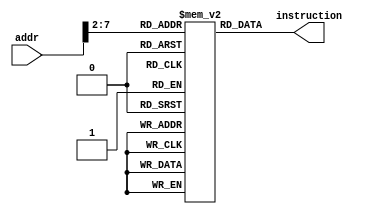
`timescale 1ns / 1ps
//////////////////////////////////////////////////////////////////////////////////
// Company: 
// Engineer: 
// 
// Design Name: 
// Module Name: InstMem
// Project Name: 
// Target Devices: 
// Tool Versions: 
// Description: 
// 
// Dependencies: 
// 
// Revision:
// Revision 0.01 - File Created
// Additional Comments:
// 
//////////////////////////////////////////////////////////////////////////////////
module InstMem( addr, instruction );

    // Define input, output, registers, and wires signal
    input  [ 7:0] addr;
    output wire [31:0] instruction;
    
    reg [31:0] memory [63:0];
    
    initial begin
    memory[0] = 32'h00007033;   // and r0, r0, r0 32'h00000000
    memory[1] = 32'h00100093;   // addi r1, r0, 1 32'h00000001 
    memory[2] = 32'h00200113;   // addi r2, r0, 2 32'h00000002
    memory[3] = 32'h00308193;   // addi r3, r1, 3 32'h00000004 
    memory[4] = 32'h00408213;   // addi r4, r1, 4 32'h00000005
    memory[5] = 32'h00510293;   // addi r5, r2, 5 32'h00000007 
    memory[6] = 32'h00610313;   // addi r6, r2, 6 32'h00000008
    memory[7] = 32'h00718393;   // addi r7, r3, 7 32'h0000000B
    memory[8] = 32'h00208433;   // add r8, r1, r2 32'h00000003 
    memory[9] = 32'h404404B3;   // sub r9, r8, r4 32'hFFFFFFFF or 32'hFFFFFFFE
    memory[10] = 32'h00317533;  // and r10, r2, r3 32'h00000000
    memory[11] = 32'h0041E5B3;  // or r11, r3, r4 32'h00000005 
    memory[12] = 32'h0041A633;  // if r3 is less than r4 then r12 = 1 32'h00000001
    memory[13] = 32'h007346B3;  // nor r13, r6, r7 32'hFFFFFFF4
    memory[14] = 32'h4D34F713;  // andi r14, r9, "4D3" 32'h000004D2
    memory[15] = 32'h8D35E793;  // ori r15, r11, "8D3" 32'hFFFFF8D7
    memory[16] = 32'h4D26A813;  // if r13 is less than 32'h000004D2 then r16 = 1 32'h00000001 
    memory[17] = 32'h4D244893;  // nori r17, r8, "4D2" 32'hFFFFFB2C
    end
    
    assign instruction = memory[addr[7:2]];

endmodule